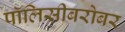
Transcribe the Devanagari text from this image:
पॉलिसीबरोबर